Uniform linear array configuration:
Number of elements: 24
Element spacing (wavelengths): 1
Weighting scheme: uniform
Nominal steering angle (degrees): -45
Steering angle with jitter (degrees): -43.004
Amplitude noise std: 0.05
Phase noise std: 0.05

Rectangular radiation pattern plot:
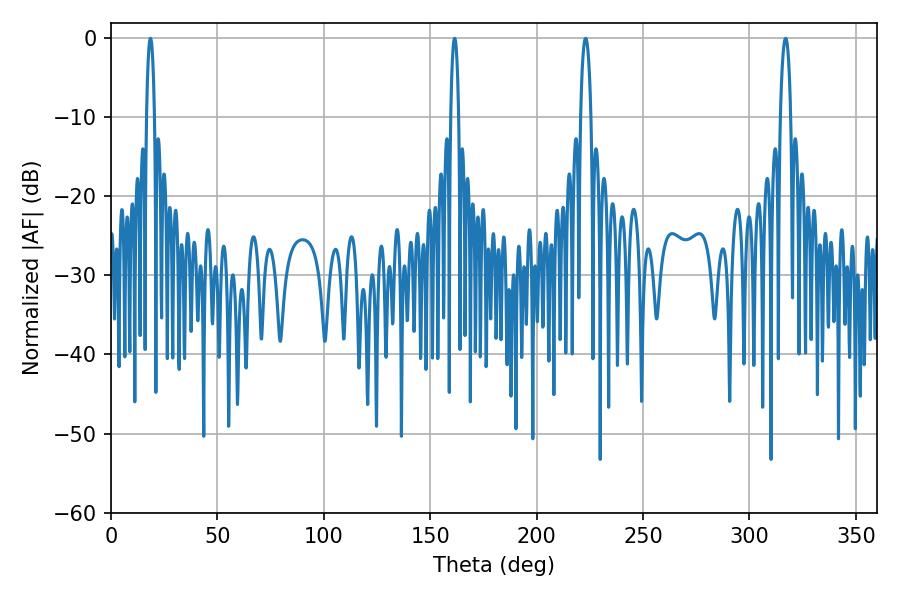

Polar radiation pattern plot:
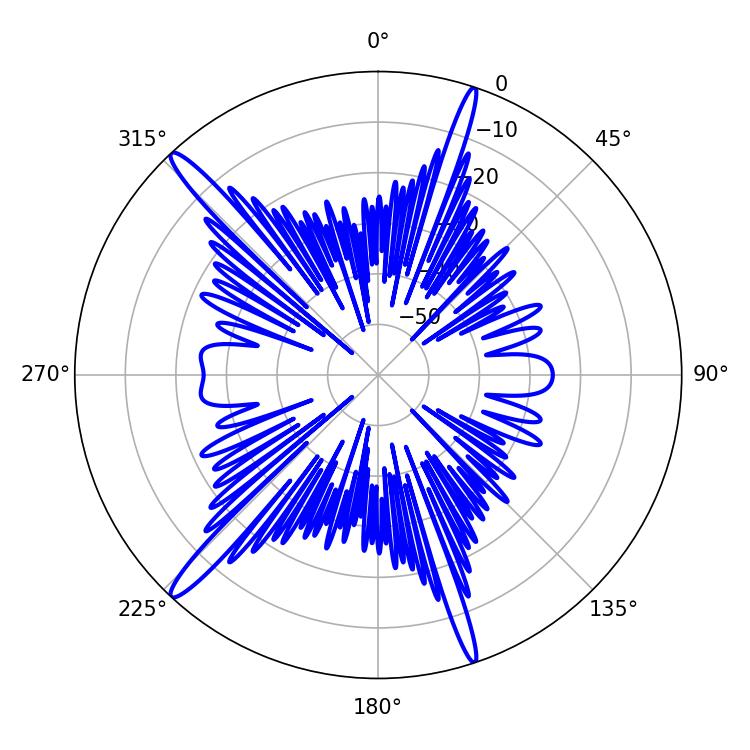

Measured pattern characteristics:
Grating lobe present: TRUE
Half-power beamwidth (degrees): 2.7
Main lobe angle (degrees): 223.02